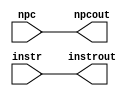
// Class: CSE 401 - Computer Architecture 
// Term: Spring 2019 
// Name(s): Yousef Jarrar & Nicholas Chiodini
// Credit: Source Code on Dr. Gomez Website. 
//
// Lab #1: Instruction Fetch Stage -- Built for Lab 5 & 6 

//                              -*- Mode: Verilog -*-
// Description     : The if_id module 
//                   of the IF stage of the pipeline.
// Modified By     : Jason Fredrick and David Sturgeon

module if_id(
   output reg [31:0] instrout,       // Output of IF/ID Instruction Register
                       npcout,       // Output of IF/ID NPC Register
   input wire [31:0]    instr,       // Input of IF/ID Instruction Register
                          npc        // Input of IF/ID NPC Register
   );
   initial begin
      instrout <= 32'b0;
      npcout   <= 32'b0;
   end
   always @* begin
      #1;
		instrout <= instr;
      npcout <= npc;
   end
endmodule // if_id